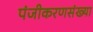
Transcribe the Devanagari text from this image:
पंजीकरणसंख्या